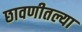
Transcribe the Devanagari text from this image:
छावणीतल्या